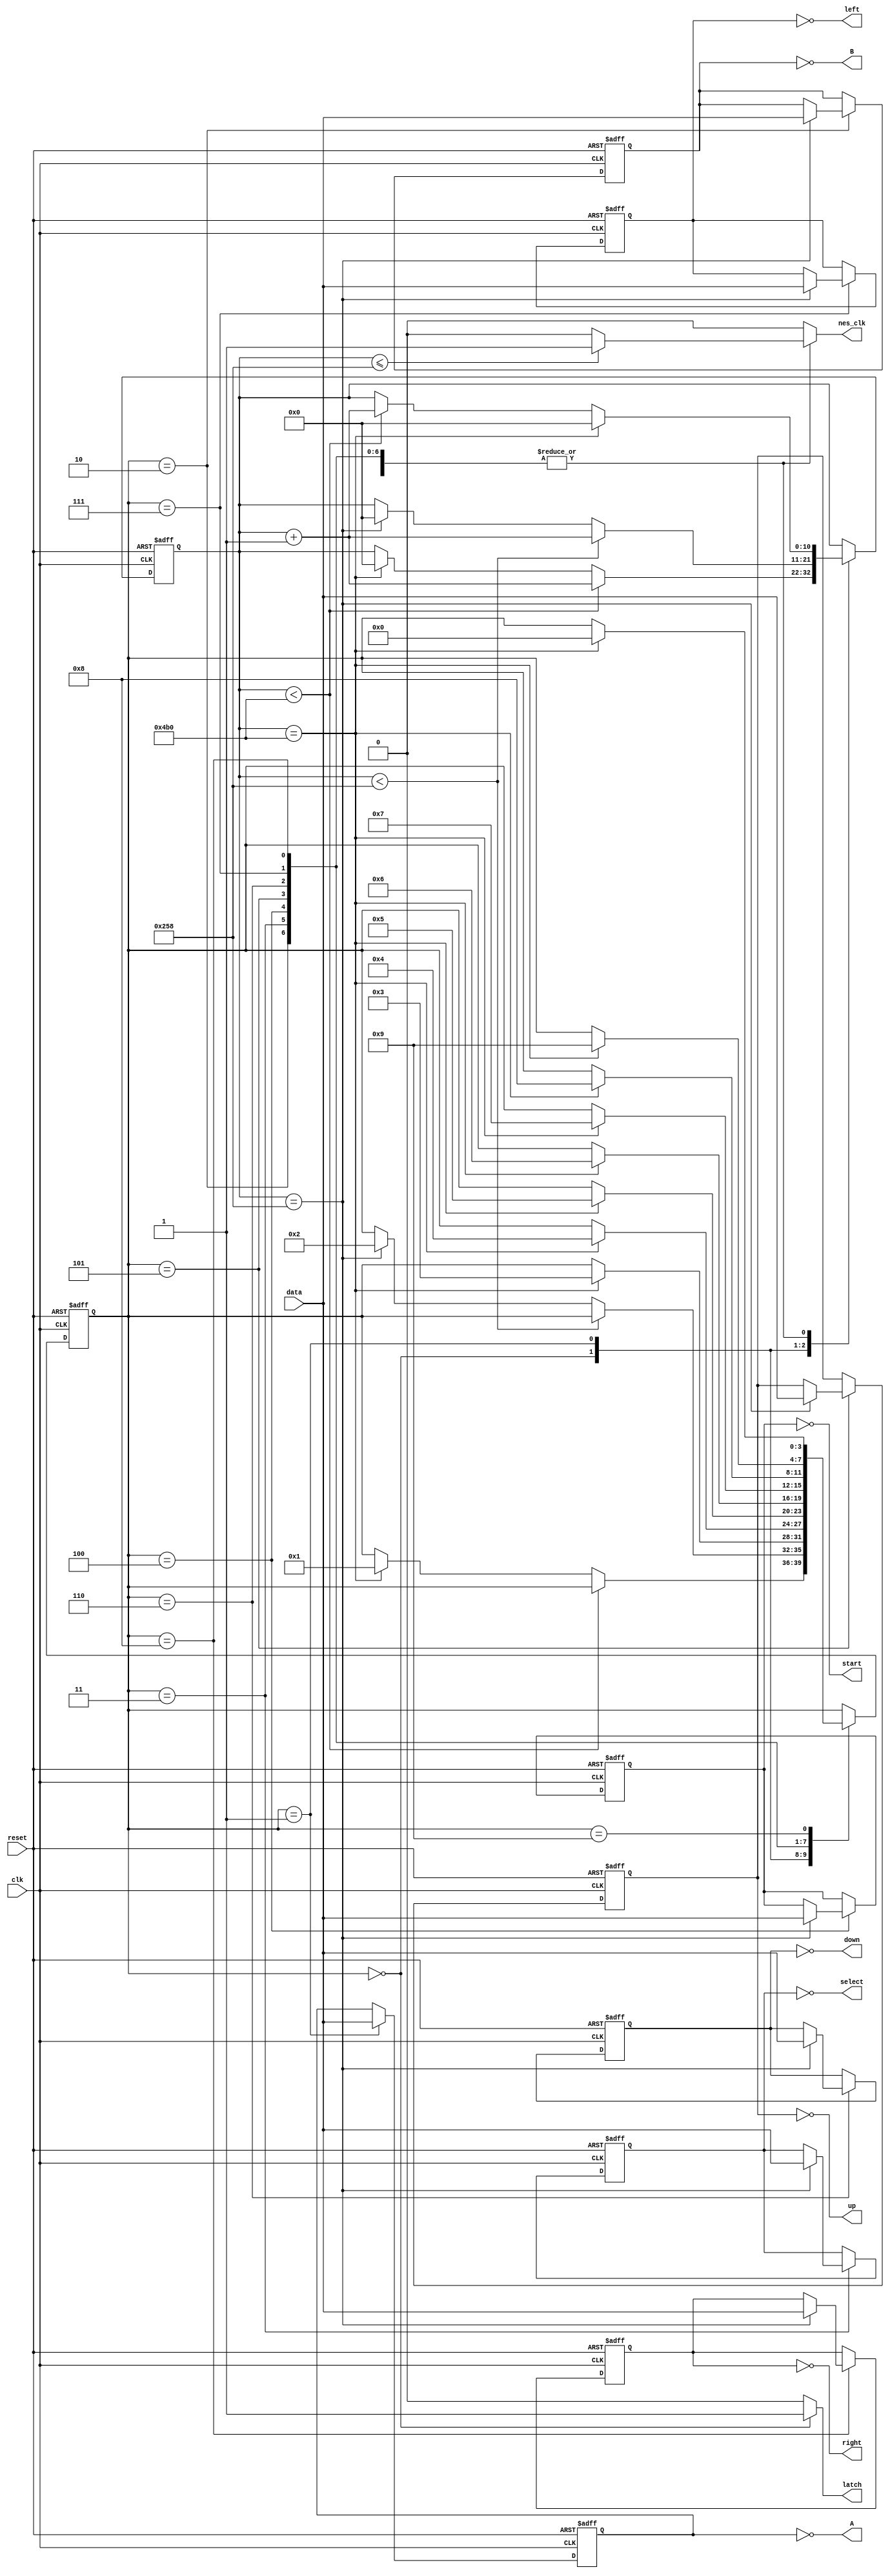
`timescale 1ns / 1ps
//////////////////////////////////////////////////////////////////////////////////
// Company: 
// Engineer: 
// 
// Design Name: 
// Module Name: ddr_nes
// Project Name: 
// Target Devices: 
// Tool Versions: 
// Description: 
// 
// Dependencies: 
// 
// Revision:
// Revision 0.01 - File Created
// Additional Comments:
// 
//////////////////////////////////////////////////////////////////////////////////


module ddr_nes(
		input wire clk, reset, 
		input wire data,                                        // input data from nes controller to FPGA
		output reg latch, nes_clk,                              // outputs from FPGA to nes controller
		output wire A, B, select, start, up, down, left, right  // output states of nes controller buttons
        );
	
	// FSM symbolic states
	localparam [4:0] 
	         latch_en     = 4'h0,  // assert latch for 12 us
			 read_A_wait  = 4'h1,  // read A / wait 6 us
			 read_B       = 4'h2,  //4'h2,  // read B ...
			 read_select  = 4'h3,  
		     read_start   = 4'h4,
		     read_up      = 4'h5,
			 read_down    = 4'h6,
			 read_left    = 4'h7,
			 read_right   = 4'h8,
			 final_pulse  = 4'h9;

	// register to count clock cycles to time latch assertion, nes_clk state, and FSM state transitions		 
	reg [10:0] count_reg, count_next;
	
	// FSM state register, and button state regs
	reg [3:0] state_reg, state_next;
	reg A_reg, B_reg, select_reg, start_reg,
	    up_reg, down_reg, left_reg, right_reg;
	reg A_next, B_next, select_next, start_next,
	   up_next, down_next, left_next, right_next;
	
	// infer all the registers
	always @(posedge clk, posedge reset)
		if (reset)
			begin
			count_reg  <= 0;
			state_reg  <= 0;
			A_reg      <= 0;
			B_reg      <= 0;
			select_reg <= 0;
			start_reg  <= 0;
			up_reg     <= 0;
			down_reg   <= 0;
			left_reg   <= 0;
			right_reg  <= 0;
			end
	    else
			begin
		    count_reg  <= count_next;
			state_reg  <= state_next;
			A_reg      <= A_next;
			B_reg      <= B_next;
			select_reg <= select_next;
			start_reg  <= start_next;
			up_reg     <= up_next;
			down_reg   <= down_next;
			left_reg   <= left_next;
			right_reg  <= right_next;
			end
			
	// FSM next-state logic and data path
	always@(*)
		begin
		// defaults
		latch       = 0;
		nes_clk     = 0;
		count_next  = count_reg;
		A_next      = A_reg;
		B_next      = B_reg;
		select_next = select_reg;
		start_next  = start_reg;
		up_next     = up_reg;
		down_next   = down_reg;
		left_next   = left_reg;
		right_next  = right_reg;
		state_next  = state_reg;
		
		case(state_reg)
			
			latch_en: 
					begin
					// assert latch pin
					latch = 1;
					
					// count 12 us
					if(count_reg < 1200)
						count_next = count_reg + 1;
					
					// once 12 us passed
					else if(count_reg == 1200)
						begin
						count_next = 0; // reset latch_count
						state_next = read_A_wait; // go to read_A_wait state
						end
					end
			
			read_A_wait:
					begin
					A_next = data; // read A
				
					
					if(count_reg < 600) // count clk cycles for 6 us
						count_next = count_reg + 1;
						
					// once 6 us passed
					else if(count_reg == 600)
						begin
						count_next = 0; // reset latch_count
						state_next = read_B; // go to read_B state
						end
					end
			
			read_B:	
					begin
					// count clk cycles for 12 us
					if(count_reg < 1200)
						count_next = count_reg + 1;
					
					// nes_clk state
					if(count_reg <= 600)
						nes_clk = 1;
					else if(count_reg > 600)
						nes_clk = 0;
					
					// read B
					if(count_reg == 600)
						B_next = data;
					
					// state over
					if(count_reg == 1200)
						begin
						count_next = 0; // reset latch_count
						state_next = read_select; // go to read_select state
						end
					end
			
			read_select:	
					begin
					// count clk cycles for 12 us
					if(count_reg < 1200)
						count_next = count_reg + 1;
					
					// nes_clk state
					if(count_reg <= 600)
						nes_clk = 1;
					else if(count_reg > 600)
						nes_clk = 0;
					
					// read select
					if(count_reg == 600)
						select_next = data;
					
					// state over
					if(count_reg == 1200)
						begin
						count_next = 0; // reset latch_count
						state_next = read_start; // go to read_start state
						end
					end			
			
			read_start:	
					begin
					// count clk cycles for 12 us
					if(count_reg < 1200)
						count_next = count_reg + 1;
					
					// nes_clk state
					if(count_reg <= 600)
						nes_clk = 1;
					else if(count_reg > 600)
						nes_clk = 0;
					
					// read start
					if(count_reg == 600)
						start_next = data;
					
					// state over
					if(count_reg == 1200)
						begin
						count_next = 0; // reset latch_count
						state_next = read_up; // go to read_up state
						end
					end
			
			read_up:	
					begin
					// count clk cycles for 12 us
					if(count_reg < 1200)
						count_next = count_reg + 1;
					
					// nes_clk state
					if(count_reg <= 600)
						nes_clk = 1;
					else if(count_reg > 600)
						nes_clk = 0;
					
					// read up
					if(count_reg == 600)
						up_next = data;
					
					// state over
					if(count_reg == 1200)
						begin
						count_next = 0; // reset latch_count
						state_next = read_down; // go to read_down state
						end
					end
					
			read_down:	
					begin
					// count clk cycles for 12 us
					if(count_reg < 1200)
						count_next = count_reg + 1;
					
					// nes_clk state
					if(count_reg <= 600)
						nes_clk = 1;
					else if(count_reg > 600)
						nes_clk = 0;
					
					// read down
					if(count_reg == 600)
						down_next = data;
					
					// state over
					if(count_reg == 1200)
						begin
						count_next = 0; // reset latch_count
						state_next = read_left; // go to read_left state
						end
					end
					
			read_left:	
					begin
					// count clk cycles for 12 us
					if(count_reg < 1200)
						count_next = count_reg + 1;
					
					// nes_clk state
					if(count_reg <= 600)
						nes_clk = 1;
					else if(count_reg > 600)
						nes_clk = 0;
					
					// read left
					if(count_reg == 600)
						left_next = data;
					
					// state over
					if(count_reg == 1200)
						begin
						count_next = 0; // reset latch_count
						state_next = read_right; // go to read_right state
						end
					end
					
			read_right:	
					begin
					// count clk cycles for 12 us
					if(count_reg < 1200)
						count_next = count_reg + 1;
					
					// nes_clk state
					if(count_reg <= 600)
						nes_clk = 1;
					else if(count_reg > 600)
						nes_clk = 0;
					
					// read right
					if(count_reg == 600)
						right_next = data;
					
					// state over
					if(count_reg == 1200)
						begin
						count_next = 0; // reset latch_count
						state_next = final_pulse; // go to latch_en state
						end
					end
			final_pulse:
			         begin
			         // count clk cycles for 12 us
					if(count_reg < 1200)
						count_next = count_reg + 1;
					
					// nes_clk state
					if(count_reg <= 600)
						nes_clk = 1;
					else if(count_reg > 600)
						nes_clk = 0;
						
					// state over
					if(count_reg == 1200)
						begin
						count_next = 0; // reset latch_count
						state_next = latch_en; // go to latch_en state
						end
					end
		endcase
		end
		
	// assign outputs, *normally asserted when unpressed
	assign A      = ~A_reg;
	assign B      = ~B_reg;
	assign select = ~select_reg;
	assign start  = ~start_reg;
	assign up     = ~up_reg;
	assign down   = ~down_reg;
	assign left   = ~left_reg;
	assign right  = ~right_reg;
	
endmodule